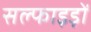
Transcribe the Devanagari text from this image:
सल्फाइड़ों